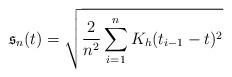
LaTeX: \begin{align*}\mathfrak{s}_n(t)=\sqrt{\frac{2}{n^2}\sum_{i=1}^nK_h(t_{i-1}-t)^2}\end{align*}